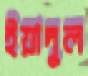
ইয়াদুল